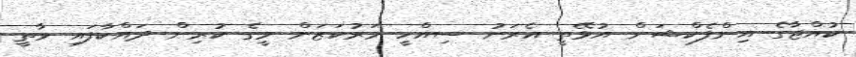
ކުއްޖާގެ އިންފެކްޝަން އުޅޭތީ އެރަށު ސިއްހީ މަރުކަޒަށް މީގެ ކުރިން ދައްކާފައި ވާތީ